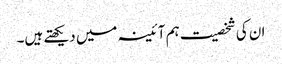
ان کی شخصیت ہم آئینہ میں دیکھتے ہیں۔